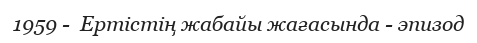
1959 -  Ертістің жабайы жағасында - эпизод